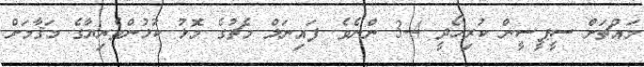
މައްޗަށް ސީޕީސީން ކުރިހޯދީ 4-3 ންނެވެ. ފައިނަލް މެޗުގެ މޮޅު ކުޅުންތެރިޔާގެ މަޤާމަށް